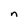
Character: n